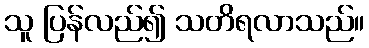
သူ ပြန်လည်၍ သတိရလာသည်။